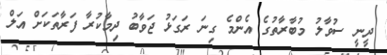
ދީނީ ސުވާލު މުބާރާތުގެ އެންމެ ގިނަ ރަގަޅު ޖަވާބު ދިމާކުރާ ފަރާތަކަށް އަލް